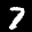
Label: 7